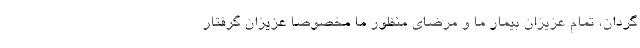
گردان، تمام عزیزان بیمار ما و مرضای منظور ما مخصوصاً عزیزان گرفتار